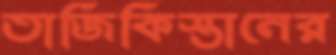
তাজিকিস্তানের